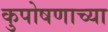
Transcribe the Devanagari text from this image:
कुपोषणाच्या